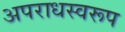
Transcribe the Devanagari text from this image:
अपराधस्वरूप